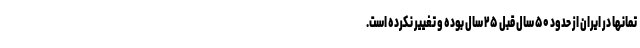
تمانها در ایران از حدود ۵۰ سال قبل ۲۵ سال بوده و تغییر نکرده است.